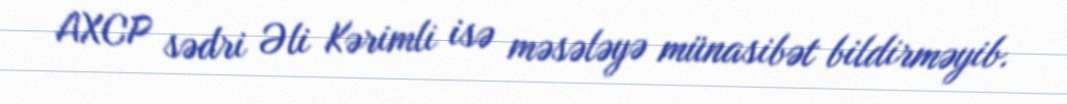
AXCP sədri Əli Kərimli isə məsələyə münasibət bildirməyib.